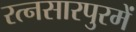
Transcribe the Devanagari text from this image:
रत्नसारपुरमें